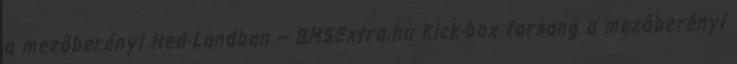
a mezőberényi Hed-Landban – BMSExtra.hu Kick-box farsang a mezőberényi